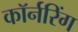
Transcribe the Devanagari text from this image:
कॉर्नरिंग